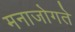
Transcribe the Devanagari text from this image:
मनाजोगते